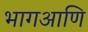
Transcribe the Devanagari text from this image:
भागआणि